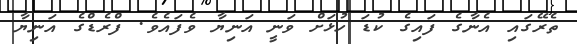
ތެރޭގައި އެނާގެ ފައިގެ ކުޑަ ހުޅަށް ވަނީ އަނިޔާ ވެފައެވެ. ފްރެޑްގެ އަނިޔާ